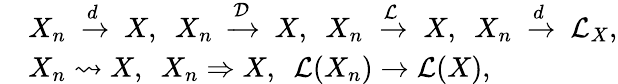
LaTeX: {\begin{array}{rl}{}&{X_{n}\ \xrightarrow{d}\ X,\ \ X_{n}\ \xrightarrow{\mathcal{D}}\ X,\ \ X_{n}\ \xrightarrow{\mathcal{L}}\ X,\ \ X_{n}\ \xrightarrow{d}\ {\mathcal{L}}_{X},}\\ &{X_{n}\rightsquigarrow X,\ \ X_{n}\Rightarrow X,\ \ {\mathcal{L}}(X_{n})\to{\mathcal{L}}(X),}\end{array}}